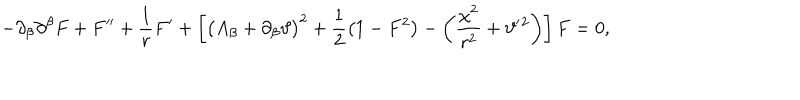
LaTeX: - \partial _ { \beta } \partial ^ { \beta } F + F ^ { \prime \prime } + \frac { 1 } { r } F ^ { \prime } + \left[ \big ( A _ { \beta } + \partial _ { \beta } \vartheta \big ) ^ { 2 } + \frac 1 2 \big ( 1 - F ^ { 2 } \big ) - \left( \frac { \chi ^ { 2 } } { r ^ { 2 } } + \vartheta ^ { \prime } { } ^ { 2 } \right) \right] F = 0 ,